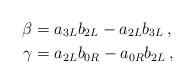
LaTeX: \begin{align*}\beta &= a_{3L} b_{2L} - a_{2L} b_{3L} \,, \\\gamma &= a_{2L} b_{0R} - a_{0R} b_{2L} \,,\end{align*}